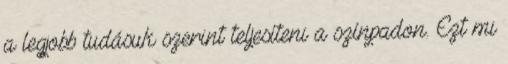
a legjobb tudásuk szerint teljesíteni a színpadon. Ezt mi